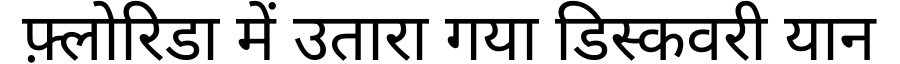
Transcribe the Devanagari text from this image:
फ़्लोरिडा में उतारा गया डिस्कवरी यान